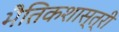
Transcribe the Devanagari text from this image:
भैतिकशास्त्री